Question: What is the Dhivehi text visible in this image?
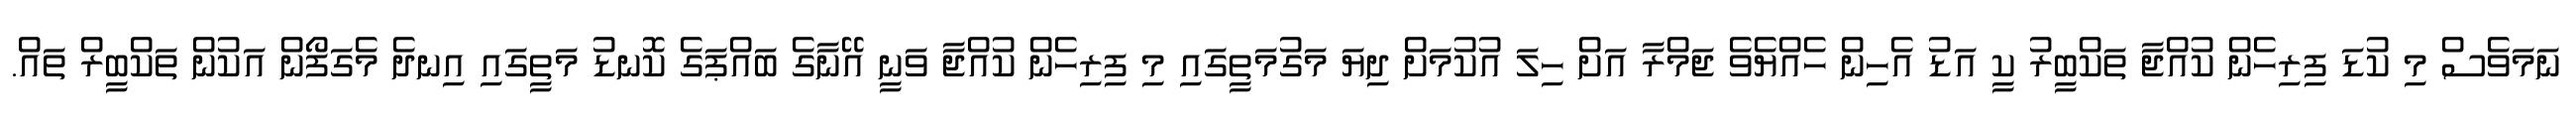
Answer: ނަމަވެސް މި ކުޑަ ފިރިހެން ކުއްޖާ ތަކްބީރު ކީ އަޑު އެހިން ހެއްޔެވެ ޖަމްރާ އަށް ހިލަ އުކުމަށް ދިޔަ މަގުމަތީގައި މި ފިރިހެން ކުއްޖާ ވަނީ އޭނާގެ ބައްޕަގެ ކޮނޑު މަތީގައި އިނދެ މެގަފޯން އަކުން ތަކްބީރް ތައް.